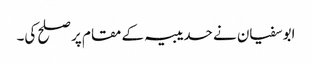
ابوسفیان نے حدیبیہ کے مقام پر صلح کی۔